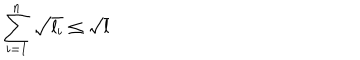
\sum _ { i = 1 } ^ { n } \sqrt { l _ { i } } \leq \sqrt { l }